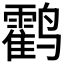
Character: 𬸰